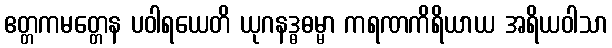
ဧတ္တကမတ္တေန ပဝါရယေတိ ယုဂနဒ္ဓဓမ္မာ ကရဏကိရိယာယ အရိယဝါသာ